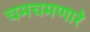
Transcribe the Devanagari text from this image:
चमचमणारे